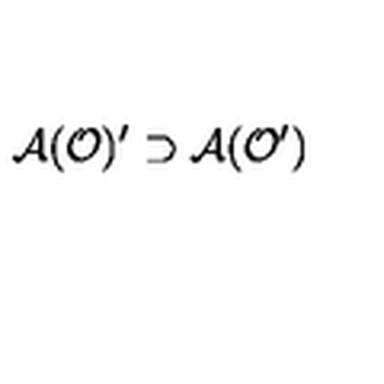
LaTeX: \mathcal { A } ( \mathcal { O } ) ^ { \prime } \supset \mathcal { A } ( \mathcal { O } ^ { \prime } )